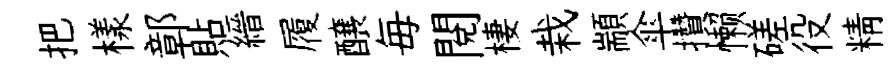
把樣鄣貼縉履醸毎閱棲栽顓傘攢懒磋役精